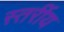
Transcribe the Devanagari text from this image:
स्तर्रीय